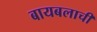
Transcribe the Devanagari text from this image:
बायबलाची